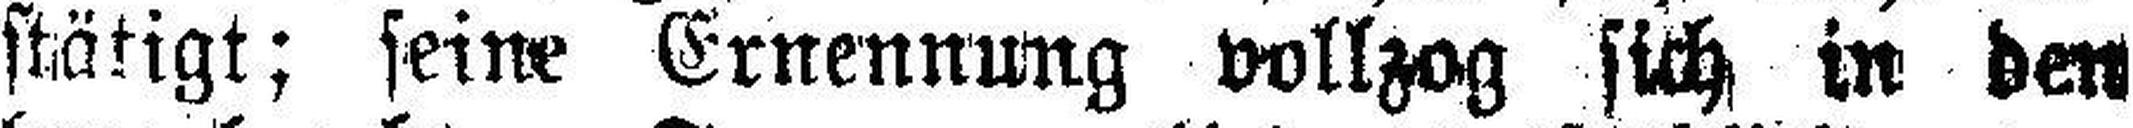
stätigt; seine Ernennung vollzog sich in den